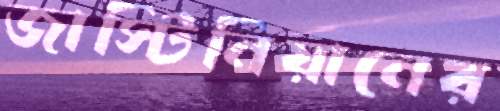
জাস্টিনিয়ানের